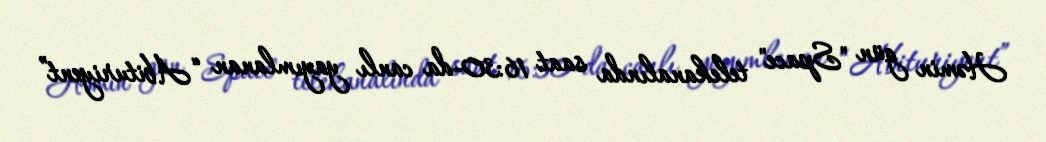
Həmin gün "Space" telekanalında saat 16:30-da canlı yayımlanan “Abituriyent”